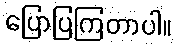
ပြောပြကြတာပါ။